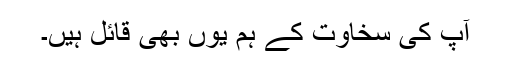
آپ کی سخاوت کے ہم یوں بھی قائل ہیں۔